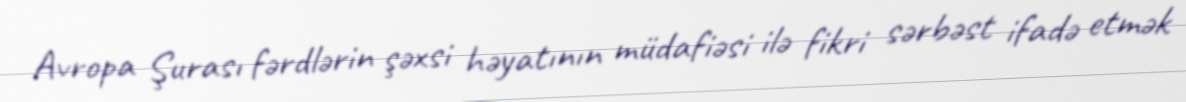
Avropa Şurası fərdlərin şəxsi həyatının müdafiəsi ilə fikri sərbəst ifadə etmək